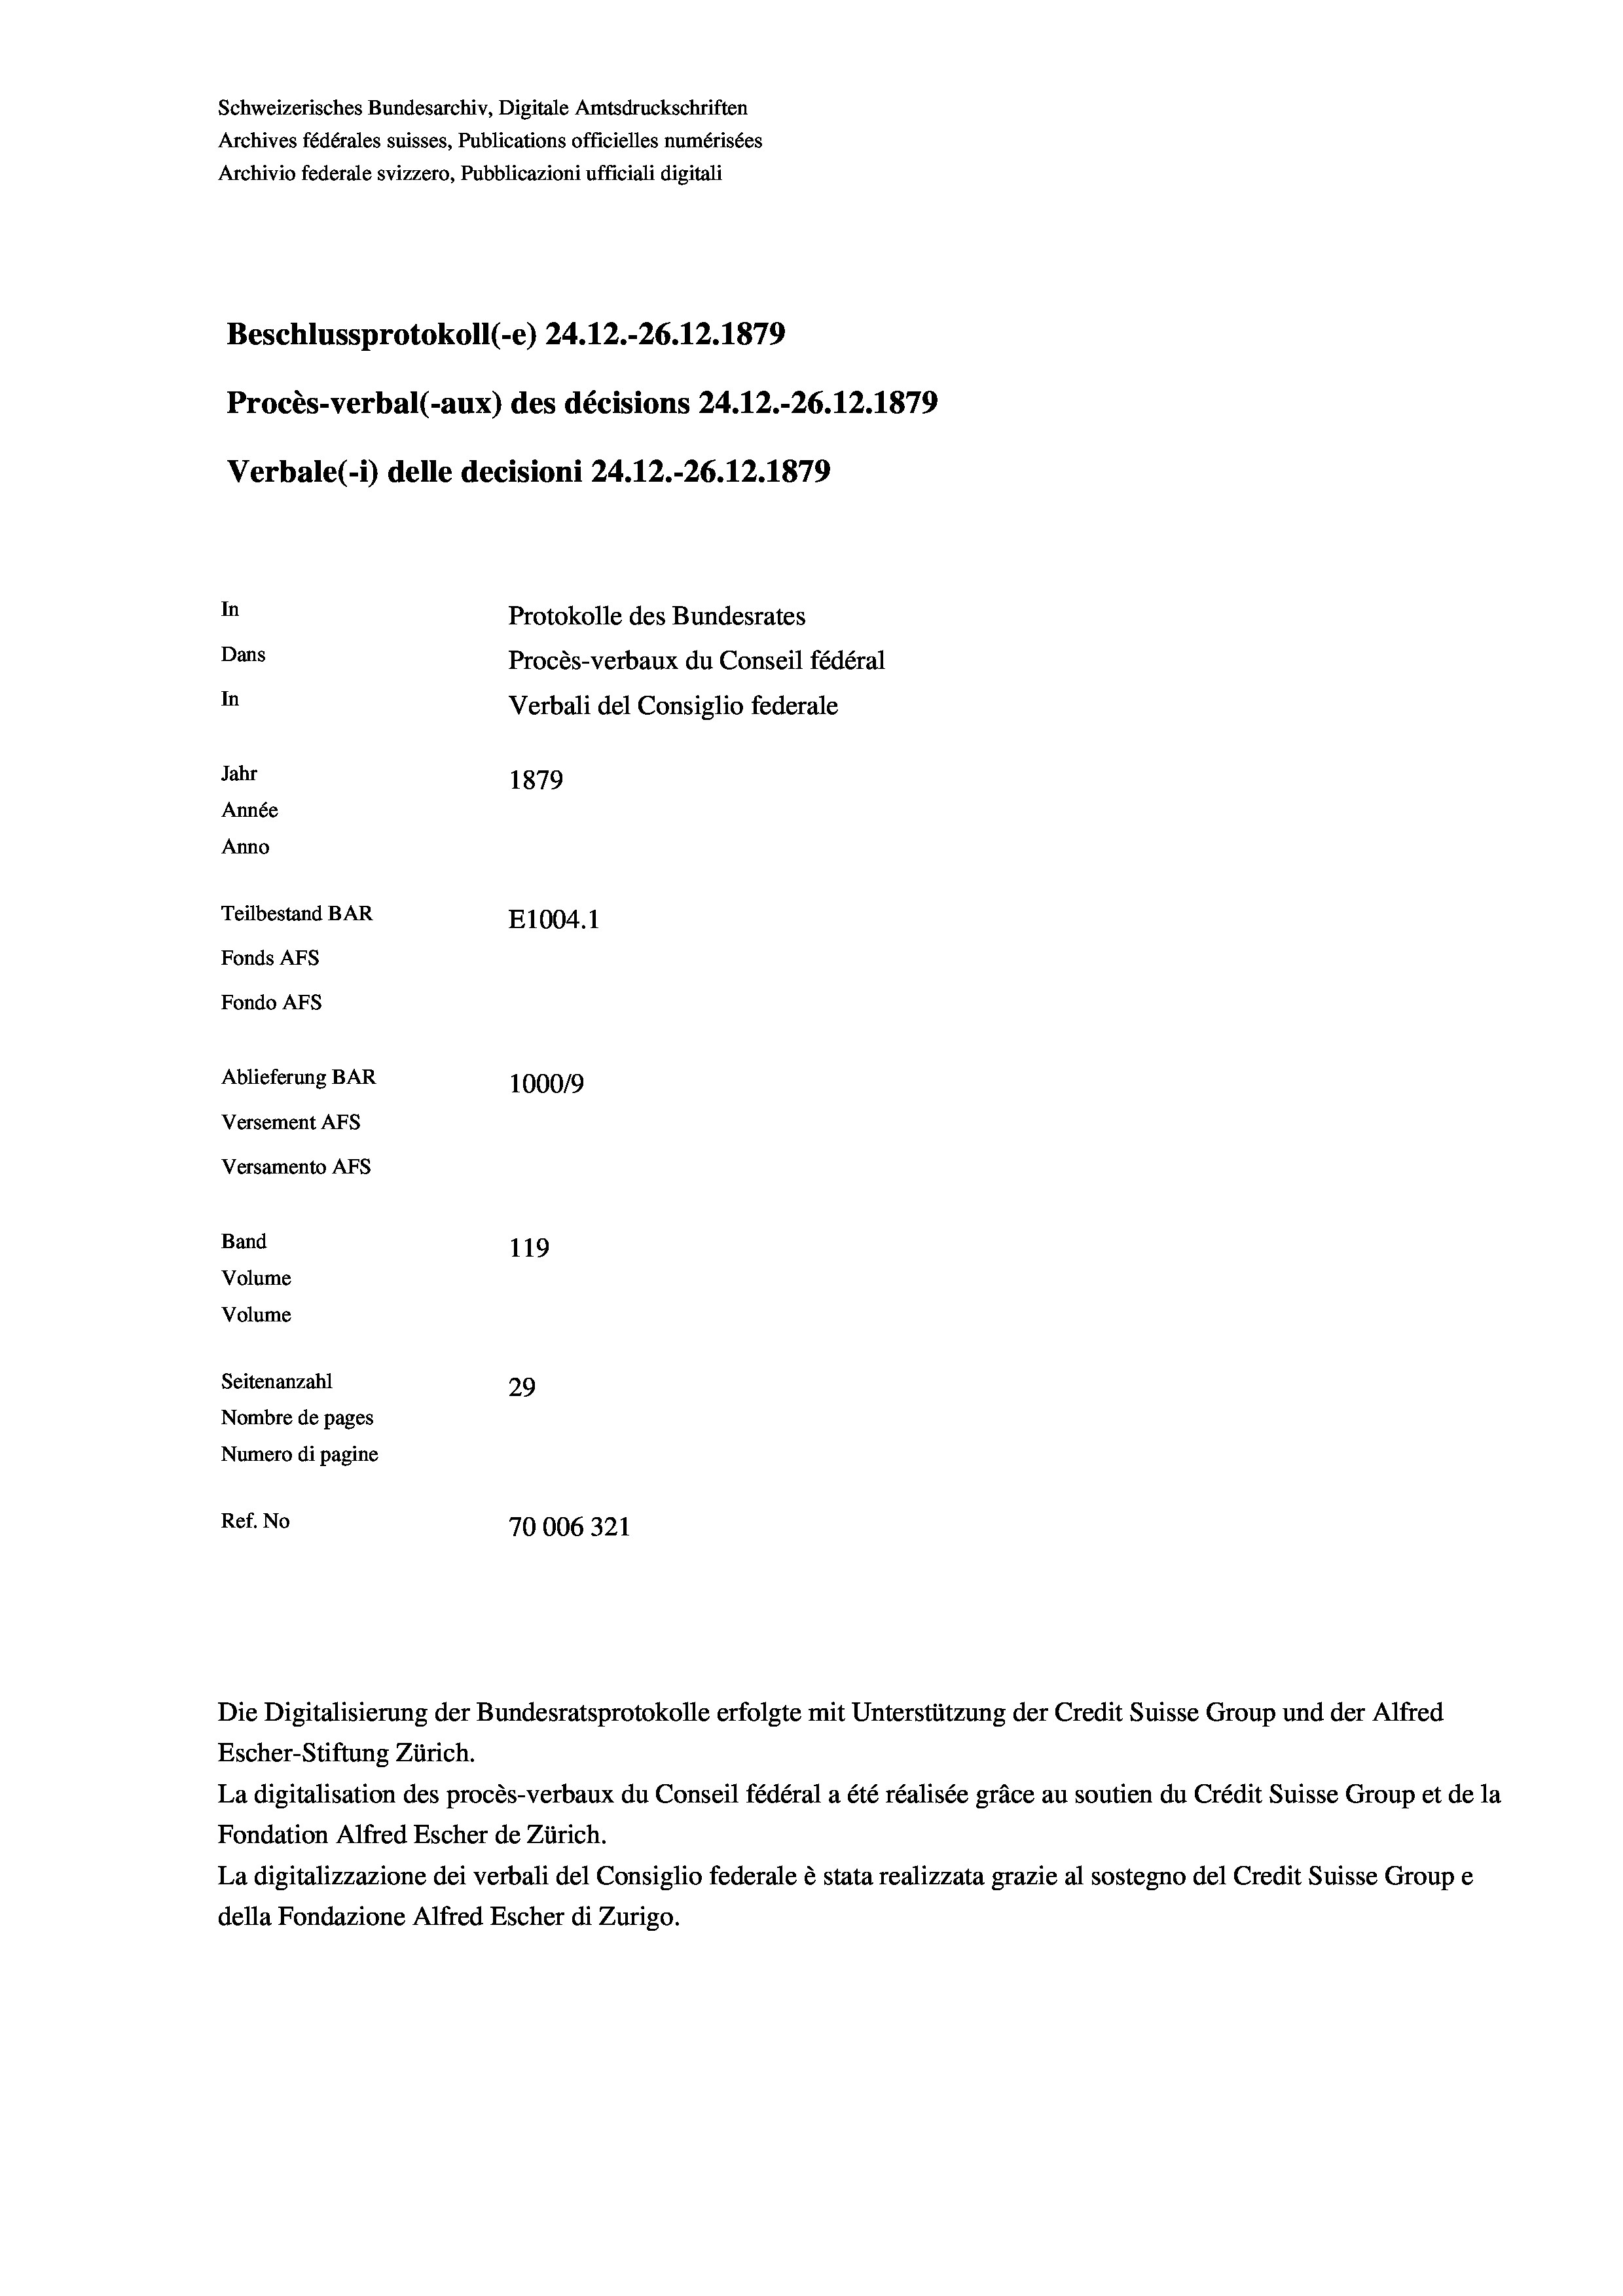
Schweizerisches Bundesarchiv, Digitale Amtsdruckschriften
Archives fédérales suisses, Publications officielles numérisées
Archivio federale svizzero, Pubblicazioni ufficiali digitali
Beschlussprotokoll (-e) 24.12.-26.12.1879
Procès-verbal (-aux) des décisions 24.12.-26.12.1879
Verbale (- 1) delle decisioni 24.12.-26.12.1879
In
Protokolle des Bundesrates
Dans
Procès-verbaux du Conseil fédéral
In
Verbali del Consiglio federale
Jahr
1879
Année
Anno
Teilbestand BAR
E1004.1
Fonds AFs
Fondo AFs
Ablieferung BAR
100019
Versement AFs
Versamento AFs
Band
119
Volume
Volume

Seitenanzahl
29
Nombre de pages
Numero di pagine
Ref. No
70006321

Die Digitalisierung der Bundesratsprotokolle erfolgte mit Unterstützung der Credit Suisse Group und der Alfred
Escher-Stiftung Zürich.
La digitalisation des procès-verbaux du Conseil fédéral a été réalisée gräce au soutien du Crédit Suisse Group et de la
Fondation Alfred Escher de Zürich.
La digitalizzazione dei verbali del Consiglio federale è stata realizzata grazie al sostegno del Credit Suisse Groupe
della Fondazione Alfred Escher di Zurigo.